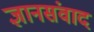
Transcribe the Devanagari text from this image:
ज्ञानसंवाद